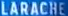
LARACHE